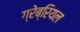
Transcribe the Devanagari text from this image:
ग्रेब्रियल